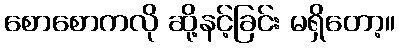
စောစောကလို ဆို့နင့်ခြင်း မရှိတော့။